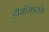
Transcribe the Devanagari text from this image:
डीमॉसइतके